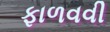
ફાળવવી